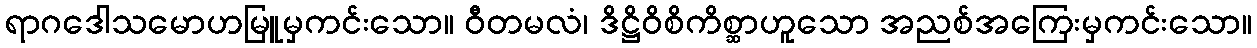
ရာဂဒေါသမောဟမြူမှကင်းသော။ ဝီတမလံ၊ ဒိဋ္ဌိဝိစိကိစ္ဆာဟူသော အညစ်အကြေးမှကင်းသော။